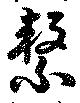
繋